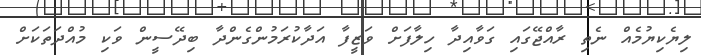
ލިޔެކިޔުމެއް ނެތި ރާއްޖޭގައި ގަވާއިދާ ހިލާފަށް ވަޒީފާ އަދާކުރަމުންގެންދާ ބިދޭސީން ވަކި މުއްދަތަކަށް